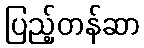
ပြည့်တန်ဆာ